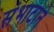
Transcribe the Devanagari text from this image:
संभाटाने